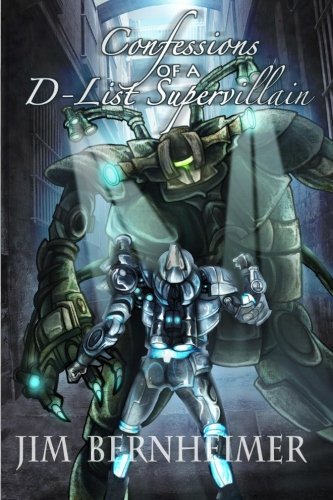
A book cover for Confessions of a D-List Supervillain; Jim Bernheimer; Science Fiction & Fantasy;